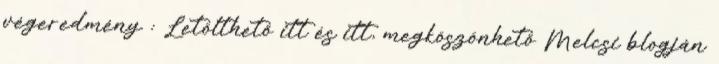
végeredmény : Letölthető itt és itt, megköszönhető Melcsi blogján